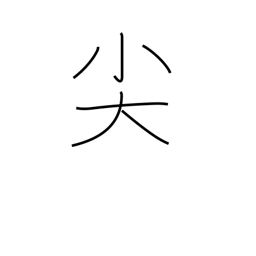
Meaning: be pointed